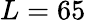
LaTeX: L=65